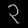
Digit: ၃